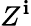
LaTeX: Z^{\mathbf{i}}